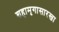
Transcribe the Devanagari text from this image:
शहामृगासारखा